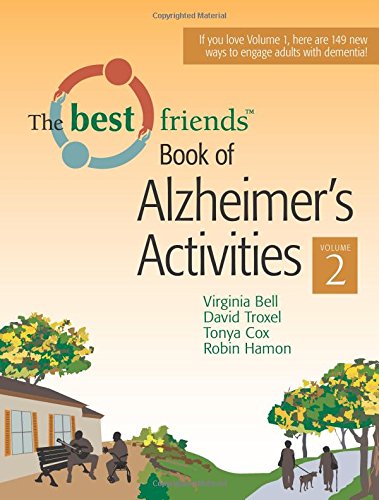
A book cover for Best Friends Book of Alzheimer's Activities, Volume Two, The; Virginia Bell MSW; Medical Books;